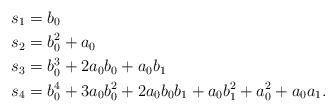
LaTeX: \begin{align*}s_{1} & =b_{0}\\s_{2} & =b_{0}^2+a_{0}\\s_{3} & =b_{0}^3+2 a_{0} b_{0}+a_{0} b_{1}\\s_{4} & =b_{0}^4+3 a_{0} b_{0}^2+2 a_{0} b_{0} b_{1}+a_{0} b_{1}^{2}+a_{0}^2+a_{0}a_{1}.\end{align*}